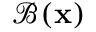
\mathcal B ( \textbf x )